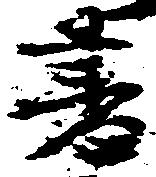
書